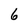
Character: 6